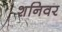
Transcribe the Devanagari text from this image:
शनिवर